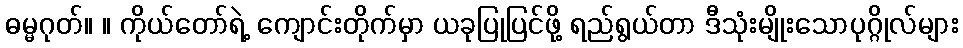
ဓမ္မဂုတ်။ ။ ကိုယ်တော်ရဲ့ ကျောင်းတိုက်မှာ ယခုပြုပြင်ဖို့ ရည်ရွယ်တာ ဒီသုံးမျိုးသောပုဂ္ဂိုလ်များ